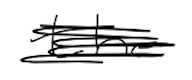
Text: the
Cross-out: scratch
Writing tool: digital_black